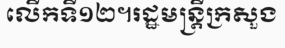
លើកទី១២។រដ្ឋមន្ត្រីក្រសួង